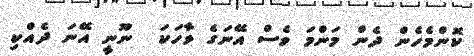
ކޮންމެހެން ދެން މަންމަ ވެސް އޭނަގެ ވާހަކަ  ނޫނީ އޭނަ ދެއްކި